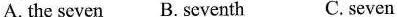
A. the seven B. seventh C. seven